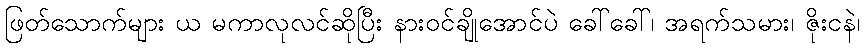
ဖြတ်သောက်များ ယ မကာလုလင်ဆိုပြီး နားဝင်ချိုအောင်ပဲ ခေါ်ခေါ်၊ အရက်သမား၊ ဇိုးငနဲ၊